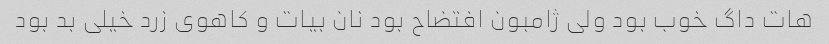
هات داگ خوب بود ولی ژامبون افتضاح بود نان بیات و کاهوی زرد خیلی بد بود